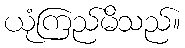
ယုံကြည်မိသည်။